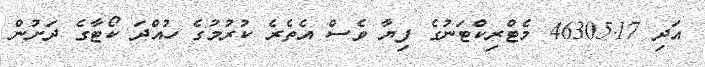
އަދި 46305.17 މެޓްރިކްޓަނުގެ ފިޔާ ވެސް އެތެރެ ކުރުމުގެ ހުއްދަ ކޯޓާގެ ދަށުން